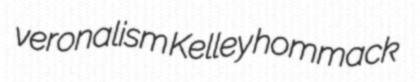
veronalism Kelley hommack